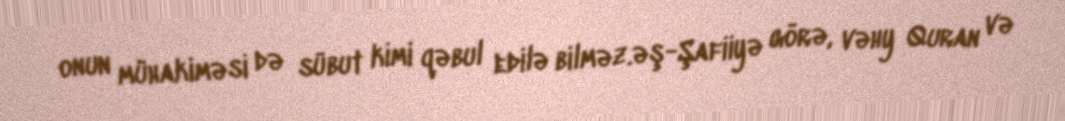
onun mühakiməsi də sübut kimi qəbul edilə bilməz.əş-Şafiiyə görə, vəhy Quran və